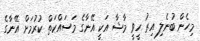
މިހެން ބުނެލި އިރު ހީވީ މާޝާ އަކީ އޭނާގެ މަސައްކަތް ކުރުމަށް އޭނާގެ